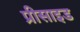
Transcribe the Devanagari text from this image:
प्रीसाइड